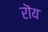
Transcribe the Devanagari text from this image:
रॊय